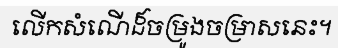
លើកសំណើដ៏ចម្រូងចម្រាសនេះ។